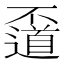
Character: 𠁛